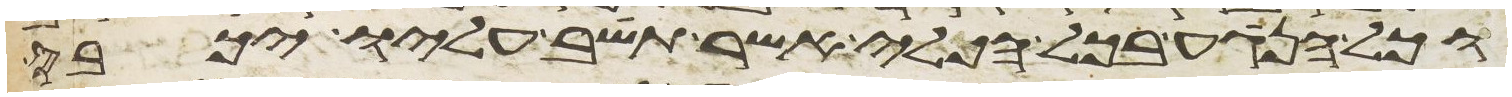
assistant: וכל הנגע בכל הכלי אשר תשב עליו יכבס